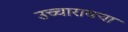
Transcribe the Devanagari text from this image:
उच्चारायचा